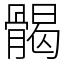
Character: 𩩲